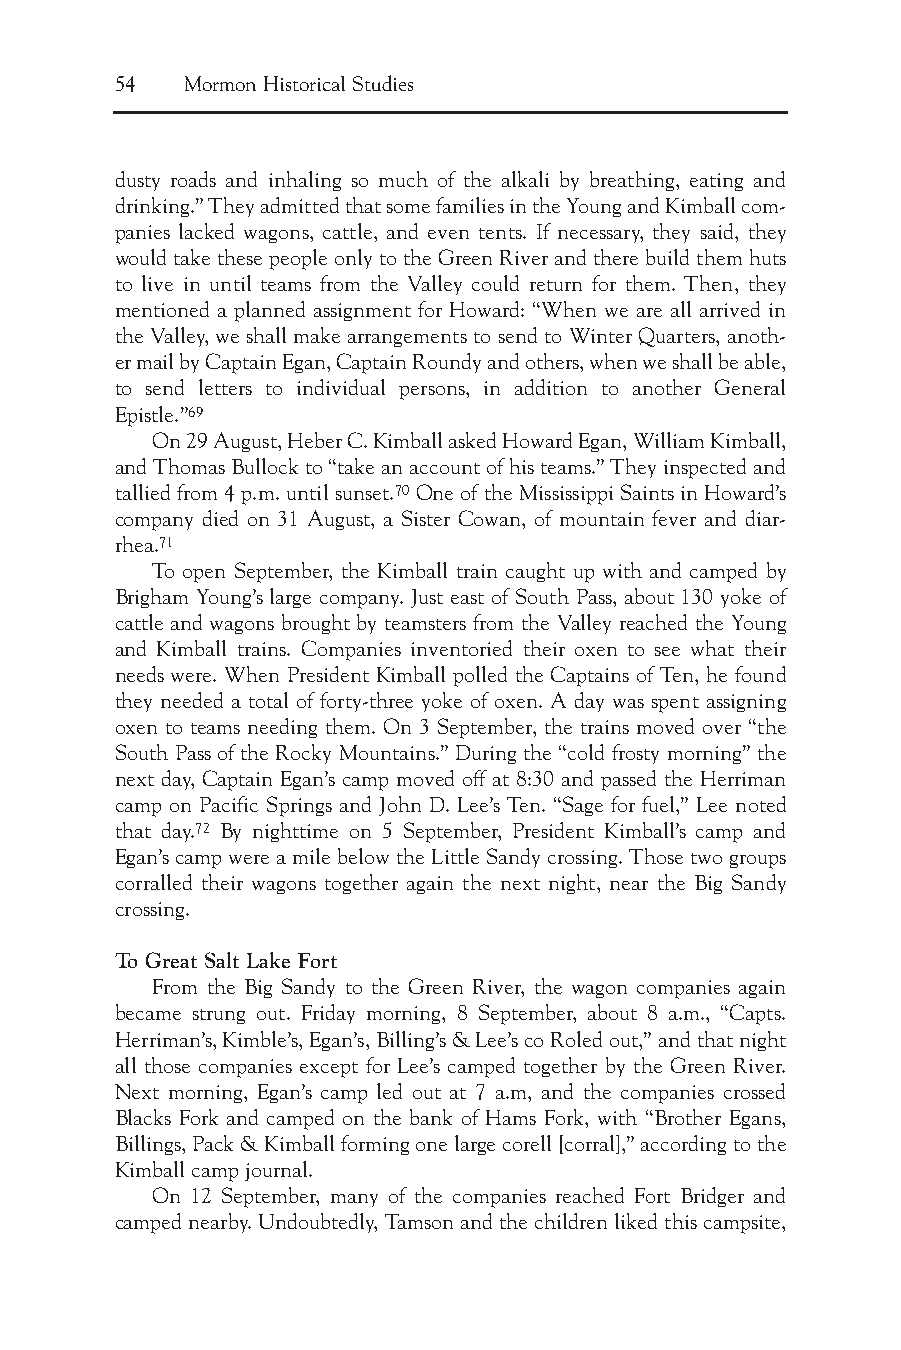
54  Mormon Historical Studies
 dusty roads and inhaling so much of the alkali by breathing, eating and
 drinking.” They admitted that some families in the Young and Kimball com-
 panies lacked wagons, cattle, and even tents. If necessary, they said, they
 would take these people only to the Green River and there build them huts
 to live in until teams from the Valley could return for them. Then, they
 mentioned a planned assignment for Howard: “When we are all arrived in
 the Valley, we shall make arrangements to send to Winter Quarters, anoth-
 er mail by Captain Egan, Captain Roundy and others, when we shall be able,
 to send letters to individual persons, in addition to another General
 Epistle.”69
 On 29 August, Heber C. Kimball asked Howard Egan, William Kimball,
 and Thomas Bullock to “take an account of his teams.” They inspected and
 tallied from 4 p.m. until sunset.70One of the Mississippi Saints in Howard’s
 company died on 31 August, a Sister Cowan, of mountain fever and diar-
 rhea.71
 To open September, the Kimball train caught up with and camped by
 Brigham Young’s large company. Just east of South Pass, about 130 yoke of
 cattle and wagons brought by teamsters from the Valley reached the Young
 and Kimball trains. Companies inventoried their oxen to see what their
 needs were. When President Kimball polled the Captains of Ten, he found
 they needed a total of forty-three yoke of oxen. A day was spent assigning
 oxen to teams needing them. On 3 September, the trains moved over “the
 South Pass of the Rocky Mountains.” During the “cold frosty morning” the
 next day, Captain Egan’s camp moved off at 8:30 and passed the Herriman
 camp on Pacific Springs and John D. Lee’s Ten. “Sage for fuel,” Lee noted
 that day.72 By nighttime on 5 September, President Kimball’s camp and
 Egan’s camp were a mile below the Little Sandy crossing. Those two groups
 corralled their wagons together again the next night, near the Big Sandy
 crossing.
 To Great Salt Lake Fort
 From the Big Sandy to the Green River, the wagon companies again
 became strung out. Friday morning, 8 September, about 8 a.m., “Capts.
 Herriman’s, Kimble’s, Egan’s, Billing’s & Lee’s co Roled out,” and that night
 all those companies except for Lee’s camped together by the Green River.
 Next morning, Egan’s camp led out at 7 a.m, and the companies crossed
 Blacks Fork and camped on the bank of Hams Fork, with “Brother Egans,
 Billings, Pack & Kimball forming one large corell [corral],” according to the
 Kimball camp journal.
 On 12 September, many of the companies reached Fort Bridger and
 camped nearby. Undoubtedly, Tamson and the children liked this campsite,